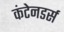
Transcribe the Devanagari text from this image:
कंटेनडर्स